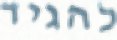
להגיד